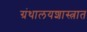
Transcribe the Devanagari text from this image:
ग्रंथालयशास्त्रात